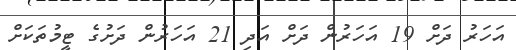
އަހަރު ދަށް 19 އަހަރުން ދަށް އަދި 21 އަހަރުން ދަށުގެ ޓީމުތަކަށް